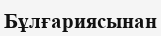
Бұлғариясынан